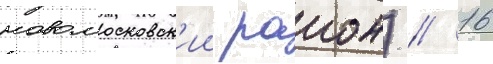
новомосковск'ии раион) // 16